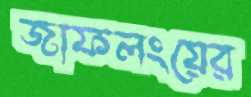
জাফলংয়ের